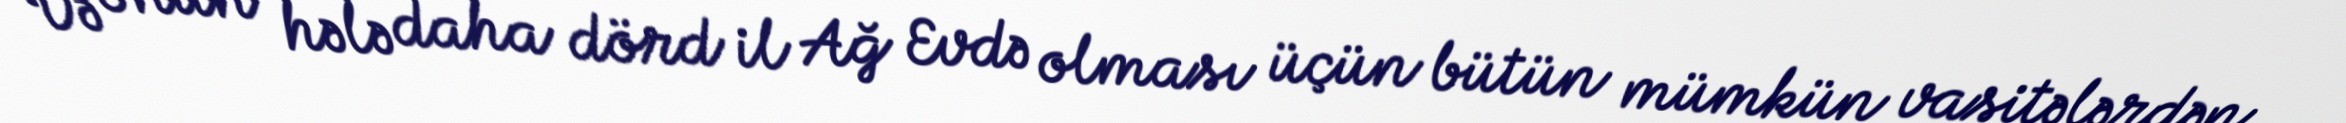
Və onun hələ daha dörd il Ağ Evdə olması üçün bütün mümkün vasitələrdən